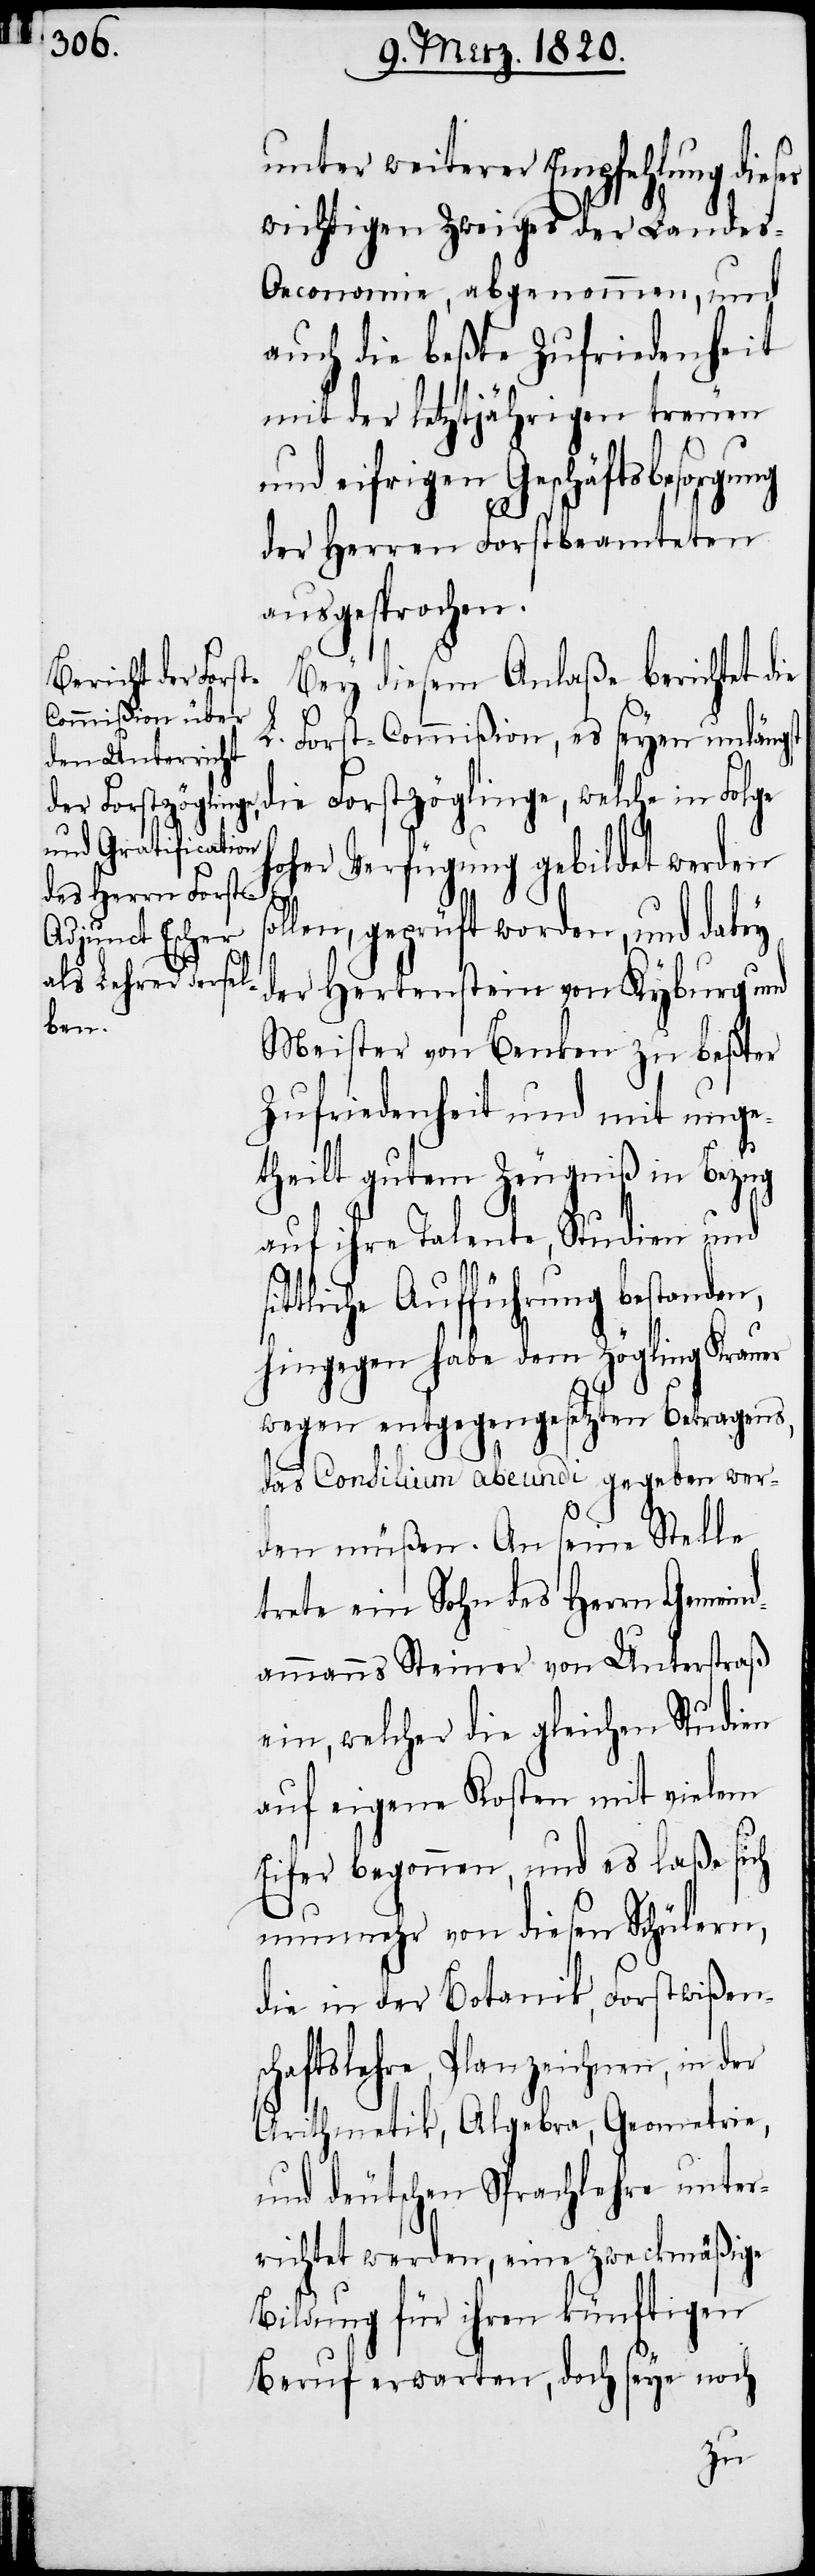
unter weiterer Empfehlung dies¬
wichtigen Zweiges der Landes-O¬
economie, abgenommen, und
auch die beßte Zufriedenheit
mit der letztjährigen treuen
und eifrigen Geschäftsbesorgung
der Herren Forstbeamteten
ausgesprochen.
Bey diesem Anlaße berichtet die
L. Forst-Commißion, es seyen unlängst
die Forstzöglinge, welche in Folge
oher Verfügung gebildet werden
si¬
llen, geprüft worden, und dabey
der Hertenstein von Kyburg und
Meister von Benken zu beßter
Zufriedenheit und mit unge¬
theilt gutem Zeugniß in Bezug
auf ihre Talente, Studien und
ttliche Aufführung bestanden,
hingegen habe dem Zögling Krauer
wegen entgegengesetzten Betragens,
das Consilium abeundi gegeben wer¬
es
den müßen. An seine Stelle
trete ein Sohn des Herrn Gemeind¬
ammanns Steiner von Unterstraß
ein, welcher die gleichen Studien
auf eigene Kosten mit vielem
Eifer begonnen, und es laße sich
nunmehr von diesen Schülern,
die in der Botanik, Forstwißens¬
chaftslehre, Planzeichnen, in
Arithmetik, Algebra, Geometrie,
und deutschen Sprachlehre unter¬
richtet werden, eine zweckmäßige
Bildung für ihren künftigen
Beruf erwarten, doch seye noch